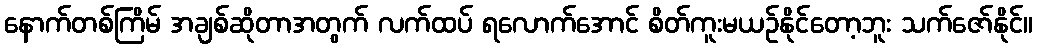
နောက်တစ်ကြိမ် အချစ်ဆိုတာအတွက် လက်ထပ် ရလောက်အောင် စိတ်ကူးမယဉ်နိုင်တော့ဘူး သက်ဇော်နိုင်။